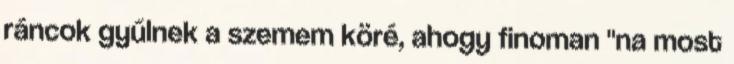
ráncok gyűlnek a szemem köré, ahogy finoman "na most